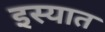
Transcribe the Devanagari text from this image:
इस्यात